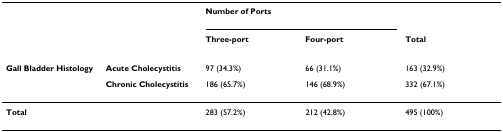
|  |  | <COLSPAN=2> Number of Ports |  |
 |  |  | Three-port | Four-port | Total |
 | --- | --- | --- | --- | --- |
 | Gall Bladder Histology | Acute Cholecystitis | 97 (34.3%) | 66 (31.1%) | 163 (32.9%) |
 |  | Chronic Cholecystitis | 186 (65.7%) | 146 (68.9%) | 332 (67.1%) |
 | <COLSPAN=2> Total | 283 (57.2%) | 212 (42.8%) | 495 (100%) |